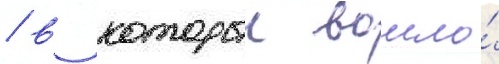
/ в которыи вошло́